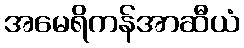
အမေရိကန်အာဆီယံ